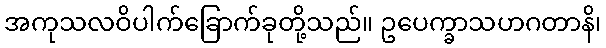
အကုသလဝိပါက်ခြောက်ခုတို့သည်။ ဥပေက္ခာသဟဂတာနိ၊